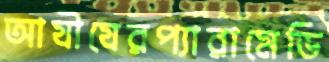
আযীযেরপ্যারামেডি